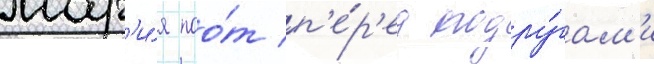
мар'и́я поо́т п'е́р'ед подру́гам'и